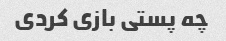
چه پستی بازی کردی